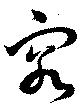
容